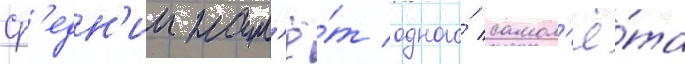
Ср'едн'ии нал'ё́т одного́ самол'ё́та